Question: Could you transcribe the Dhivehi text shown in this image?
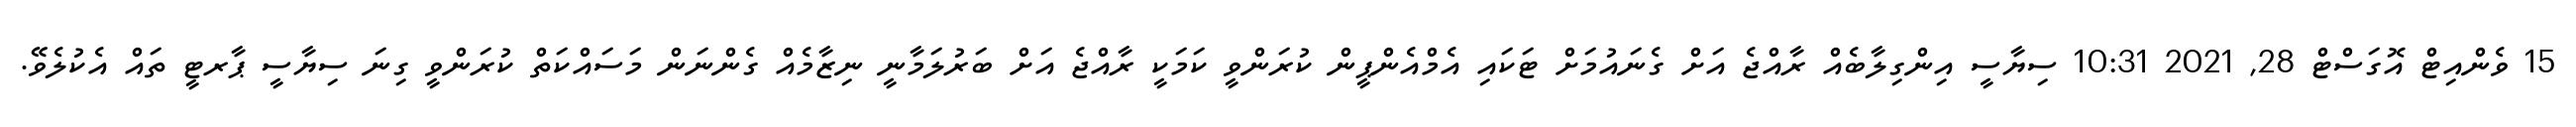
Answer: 15 ވެންއިޓް އޮގަސްޓް 28, 2021 10:31 ސިޔާސީ އިންގިލާބެއް ރާއްޖެ އަށް ގެނައުމަށް ޓަކައި އެމްއެންޕީން ކުރަންވީ ކަމަކީ ރާއްޖެ އަށް ބަރުލަމާނީ ނިޒާމެއް ގެންނަން މަސައްކަތް ކުރަންވީ ގިނަ ސިޔާސީ ޕާރޓީ ތައް އެކުލެވޭ.